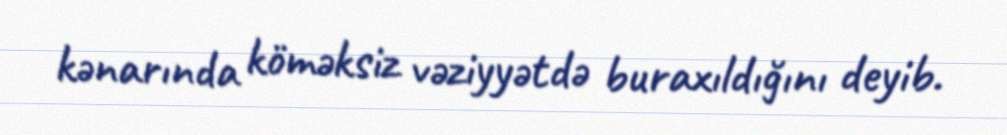
kənarında köməksiz vəziyyətdə buraxıldığını deyib.